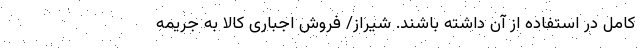
کامل در استفاده از آن داشته باشند. شیراز/ فروش اجباری کالا به جریمه